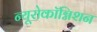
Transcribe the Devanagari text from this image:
न्यूरोकॉग्निशन